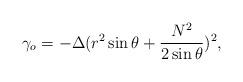
LaTeX: \begin{align*}\gamma_o=-\Delta(r^2\sin\theta+\frac{N^2}{2\sin\theta})^2,\end{align*}